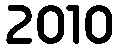
2010